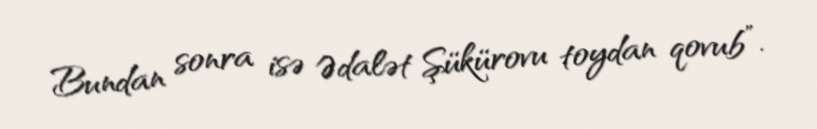
Bundan sonra isə Ədalət Şükürovu toydan qovub”.